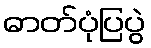
ဓာတ်ပုံပြပွဲ